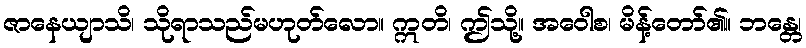
ဇာနေယျာသိ၊ သိုရာသည်မဟုတ်လော။ ဣတိ၊ ဤသို့။ အဝေါစ၊ မိန့်တော်၏။ ဘန္တေ၊